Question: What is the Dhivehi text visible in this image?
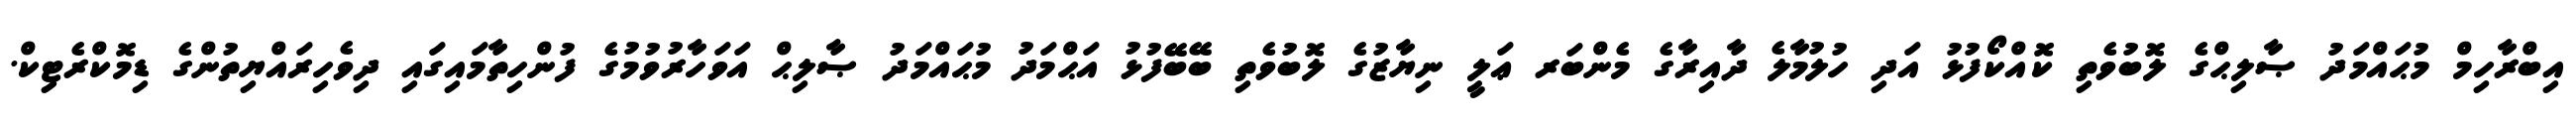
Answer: އިބްރާހިމް މުޙައްމަދު ޞާލިޙްގެ ލޮބުވެތި ކޮއްކޯފުޅު އަދި ހުލުމާލެ ދާއިރާގެ މެންބަރ ޢަލީ ނިޔާޒުގެ ލޮބުވެތި ބޭބޭފުޅު އަޙްމަދު މުޙައްމަދު ޞާލިޙް އަވަހާރުވުމުގެ ފުންހިތާމައިގައި ދިވެހިރައްޔިތުންގެ ޑިމޮކްރެޓިކް.